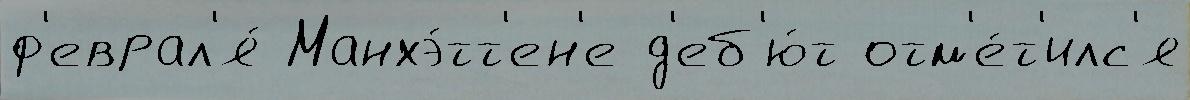
ф'еврал'я́ Манхэ́тт'ен'е д'еб'ю́т отм'е́т'илс'я